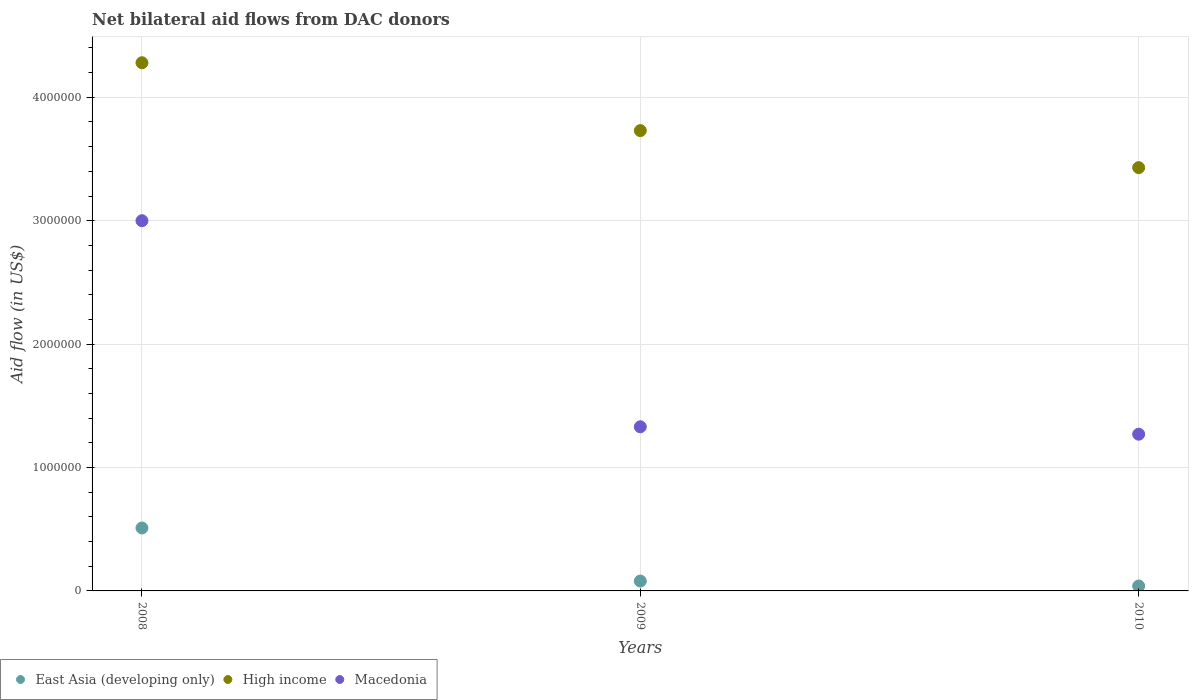
| Years | East Asia (developing only) | High income | Macedonia |
 | --- | --- | --- | --- |
 | 2008 | 5.1e+05 | 4.28e+06 | 3e+06 |
 | 2009 | 8e+04 | 3.73e+06 | 1.33e+06 |
 | 2010 | 4e+04 | 3.43e+06 | 1.27e+06 |